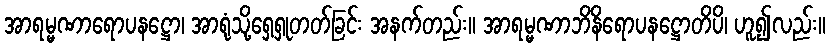
အာရမ္မဏာရောပနဋ္ဌော၊ အာရုံသို့ရှေ့ရှုတတ်ခြင်း အနက်တည်း။ အာရမ္မဏာဘိနိရောပနဋ္ဌောတိပိ၊ ဟူ၍လည်း။